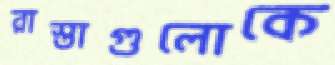
রাস্তাগুলোকে